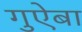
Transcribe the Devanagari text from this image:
गुऐबा